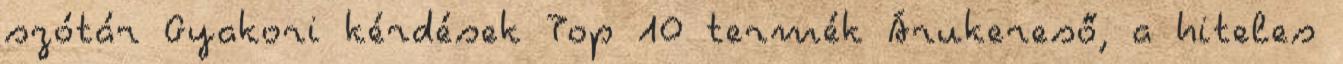
szótár Gyakori kérdések Top 10 termék Árukereső, a hiteles